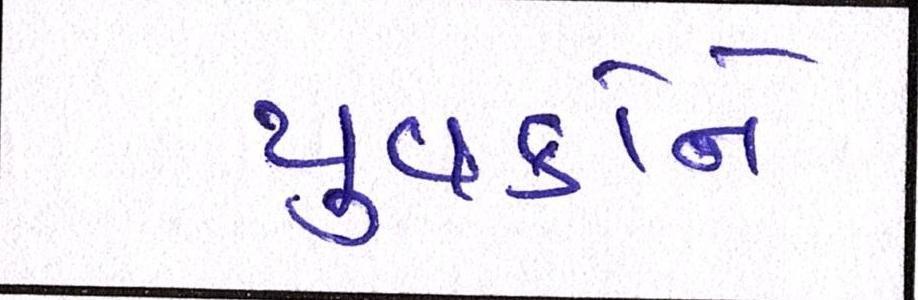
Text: યુવકોને